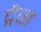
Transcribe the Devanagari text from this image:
द्गैस